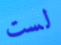
لست